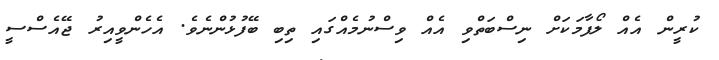
ކުރީން އެއް ލޯފާމަކަށް ނިސްބަތްވި އެއް ވިސްނުމެއްގައި ތިބި ބޭފުޅުންނެވެ. އެހެންވީއިރު ޖޭއެސްސީ